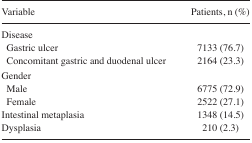
| Variable | Patients, n (%) |
 | --- | --- |
 | <COLSPAN=2> Disease |
 | Gastric ulcer | 7133 (76.7) |
 | Concomitant gastric and duodenal ulcer | 2164 (23.3) |
 | <COLSPAN=2> Gender |
 | Male | 6775 (72.9) |
 | Female | 2522 (27.1) |
 | Intestinal metaplasia | 1348 (14.5) |
 | Dysplasia | 210 (2.3) |